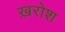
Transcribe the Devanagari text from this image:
ख़रोश